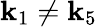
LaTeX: \textbf{k}_{1}\neq\textbf{k}_{5}